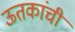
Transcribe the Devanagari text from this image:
ऊतकांची